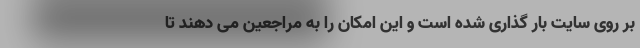
بر روی سایت بار گذاری شده است و این امکان را به مراجعین می دهند تا